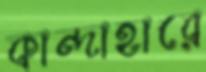
কান্দাহারে